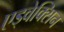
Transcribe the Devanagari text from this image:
एड्वेक्सिन